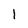
Character: 1